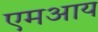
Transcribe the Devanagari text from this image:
एमआय